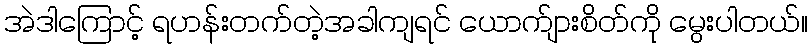
အဲဒါကြောင့် ရဟန်းတက်တဲ့အခါကျရင် ယောက်ျားစိတ်ကို မွေးပါတယ်။